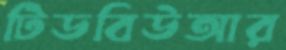
টিডবিউআর